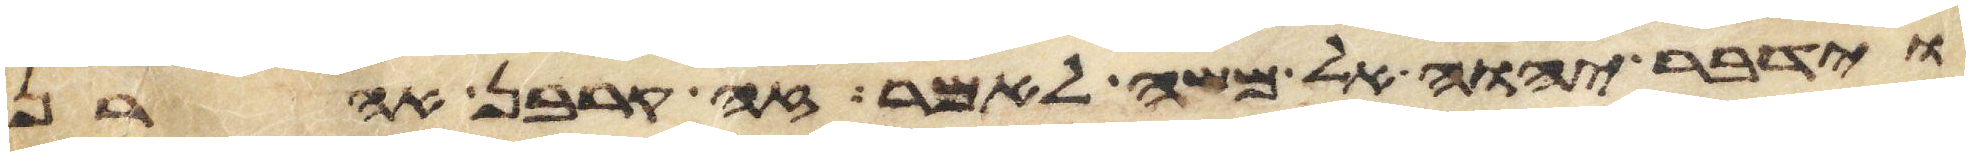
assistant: וידבר יהוה אל משה לאמר זה קרבן אהרן